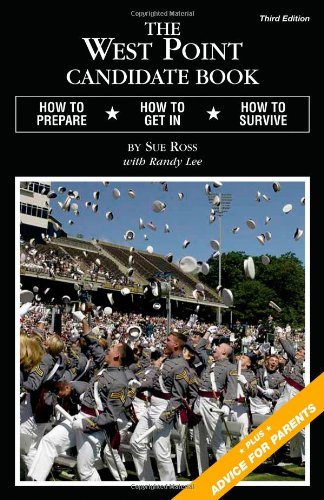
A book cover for The West Point Candidate Book: How to Prepare, How to Get In, How to Survive; Sue Ross; Test Preparation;